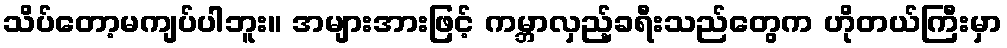
သိပ်တော့မကျပ်ပါဘူး။ အများအားဖြင့် ကမ္ဘာလှည့်ခရီးသည်တွေက ဟိုတယ်ကြီးမှာ